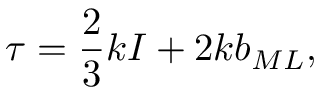
\boldsymbol { \tau } = \frac 2 3 k \boldsymbol { I } + 2 k \boldsymbol { b } _ { M L } ,